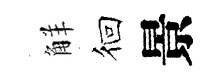
觧徊景